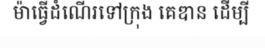
ម៉ាធ្វើដំណើរទៅក្រុង គេឌាន ដើម្បី